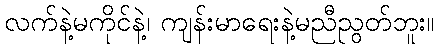
လက်နဲ့မကိုင်နဲ့၊ ကျန်းမာရေးနဲ့မညီညွတ်ဘူး။